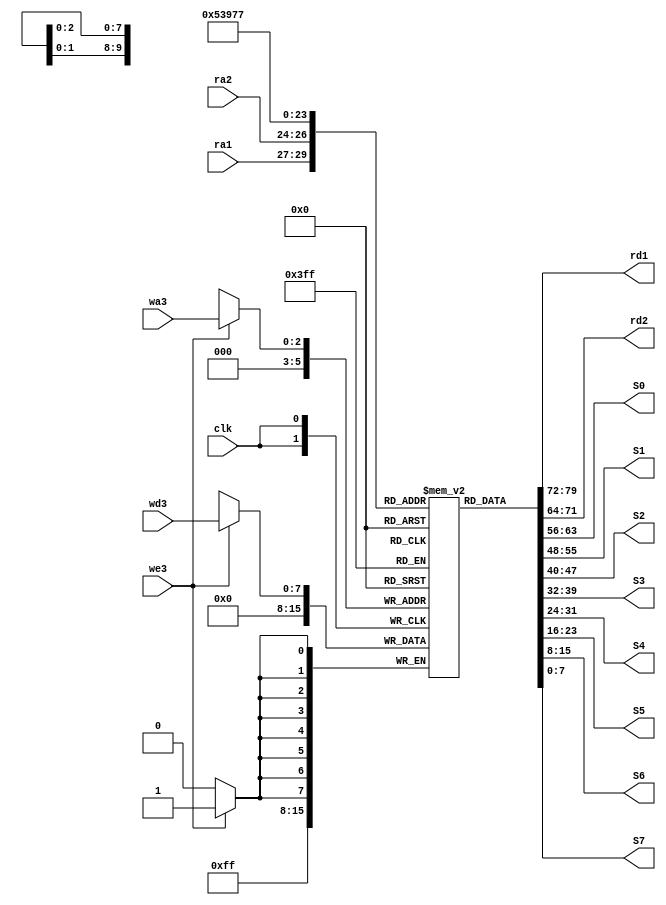
// Sprint 03 - Mdulo Registrador
module RegisterFile(input clk, we3, input[7:0] wd3, input[2:0] wa3, input[2:0] ra1, input[2:0] ra2, output reg[7:0] rd1, output reg[7:0] rd2, S0,S1,S2,S3,S4,S5,S6,S7);
reg[7:0] registrador[7:0]; // criar 8 registradores de 8 bits
always @(posedge clk) // Escrita
begin
	if(we3==1) // Se o we3 for(1), Habilita a gravao
		registrador[wa3] <= wd3;
		registrador[0] <= 8'b00000000;
end
always @(*) // Leitura
begin
	rd1 <= registrador[ra1];
	rd2 <= registrador[ra2];
	S0 <= registrador[0];
	S1 <= registrador[1];
	S2 <= registrador[2];
	S3 <= registrador[3];
	S4 <= registrador[4];
	S5 <= registrador[5];
	S6 <= registrador[6];
	S7 <= registrador[7];
end	
endmodule